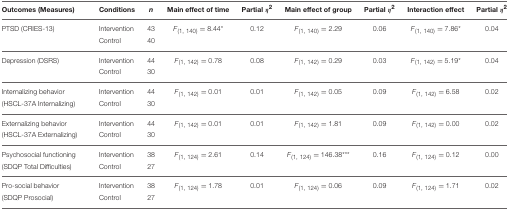
<table><thead><tr><td><b>Outcomes (Measures)</b></td><td><b>Conditions</b></td><td><b><i>n</i></b></td><td><b>Main effect of time</b></td><td><b>Partial η<sup>2</sup></b></td><td><b>Main effect of group</b></td><td><b>Partial η<sup>2</sup></b></td><td><b>Interaction effect</b></td><td><b>Partial η<sup>2</sup></b></td></tr></thead><tbody><tr><td>PTSD (CRIES-13)</td><td>Intervention</td><td>43</td><td><i>F</i><sub>(1, 140)</sub> = 8.44<sup>*</sup></td><td>0.12</td><td><i>F</i><sub>(1, 140)</sub> = 2.29</td><td>0.06</td><td><i>F</i><sub>(1, 140)</sub> = 7.86<sup>*</sup></td><td>0.04</td></tr><tr><td>[EMPTY_CELL]</td><td>Control</td><td>40</td><td>[EMPTY_CELL]</td><td>[EMPTY_CELL]</td><td>[EMPTY_CELL]</td><td>[EMPTY_CELL]</td><td>[EMPTY_CELL]</td><td>[EMPTY_CELL]</td></tr><tr><td>Depression (DSRS)</td><td>Intervention</td><td>44</td><td><i>F</i><sub>(1, 142)</sub> = 0.78</td><td>0.08</td><td><i>F</i><sub>(1, 142)</sub> = 0.29</td><td>0.03</td><td><i>F</i><sub>(1, 142)</sub> = 5.19<sup>*</sup></td><td>0.04</td></tr><tr><td>[EMPTY_CELL]</td><td>Control</td><td>30</td><td>[EMPTY_CELL]</td><td>[EMPTY_CELL]</td><td>[EMPTY_CELL]</td><td>[EMPTY_CELL]</td><td>[EMPTY_CELL]</td><td>[EMPTY_CELL]</td></tr><tr><td>Internalizing behavior</td><td>Intervention</td><td>44</td><td><i>F</i><sub>(1, 142)</sub> = 0.01</td><td>0.01</td><td><i>F</i><sub>(1, 142)</sub> = 0.05</td><td>0.09</td><td><i>F</i><sub>(1, 142)</sub> = 6.58</td><td>0.02</td></tr><tr><td>(HSCL-37A Internalizing)</td><td>Control</td><td>30</td><td>[EMPTY_CELL]</td><td>[EMPTY_CELL]</td><td>[EMPTY_CELL]</td><td>[EMPTY_CELL]</td><td>[EMPTY_CELL]</td><td>[EMPTY_CELL]</td></tr><tr><td>Externalizing behavior</td><td>Intervention</td><td>44</td><td><i>F</i><sub>(1, 142)</sub> = 0.01</td><td>0.01</td><td><i>F</i><sub>(1, 142)</sub> = 1.81</td><td>0.09</td><td><i>F</i><sub>(1, 142)</sub> = 0.00</td><td>0.02</td></tr><tr><td>(HSCL-37A Externalizing)</td><td>Control</td><td>30</td><td>[EMPTY_CELL]</td><td>[EMPTY_CELL]</td><td>[EMPTY_CELL]</td><td>[EMPTY_CELL]</td><td>[EMPTY_CELL]</td><td>[EMPTY_CELL]</td></tr><tr><td>Psychosocial functioning</td><td>Intervention</td><td>38</td><td><i>F</i><sub>(1, 124)</sub> = 2.61</td><td>0.14</td><td><i>F</i><sub>(1, 124)</sub> = 146.38<sup>***</sup></td><td>0.16</td><td><i>F</i><sub>(1, 124)</sub> = 0.12</td><td>0.00</td></tr><tr><td>(SDQP Total Difficulties)</td><td>Control</td><td>27</td><td>[EMPTY_CELL]</td><td>[EMPTY_CELL]</td><td>[EMPTY_CELL]</td><td>[EMPTY_CELL]</td><td>[EMPTY_CELL]</td><td>[EMPTY_CELL]</td></tr><tr><td>Pro-social behavior</td><td>Intervention</td><td>38</td><td><i>F</i><sub>(1, 124)</sub> = 1.78</td><td>0.01</td><td><i>F</i><sub>(1, 124)</sub> = 0.06</td><td>0.09</td><td><i>F</i><sub>(1, 124)</sub> = 1.71</td><td>0.02</td></tr><tr><td>(SDQP Prosocial)</td><td>Control</td><td>27</td><td>[EMPTY_CELL]</td><td>[EMPTY_CELL]</td><td>[EMPTY_CELL]</td><td>[EMPTY_CELL]</td><td>[EMPTY_CELL]</td><td>[EMPTY_CELL]</td></tr></tbody></table>